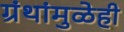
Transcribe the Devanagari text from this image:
ग्रंथांमुळेही